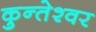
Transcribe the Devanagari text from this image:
कुन्‍तेश्‍वर